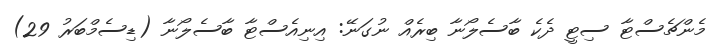
މެންޗެސްޓާ ސިޓީ ދެކެ ބާސެލޯނާ ބިރެއް ނުގަނޭ: އިނިއެސްޓާ ބާސެލޯނާ (ޑިސެމްބަރު 29)